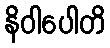
နိဝါပေါတိ